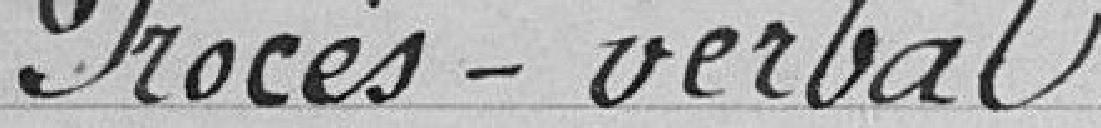
Procès-verbal.